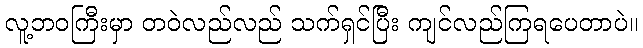
လူ့ဘဝကြီးမှာ တဝဲလည်လည် သက်ရှင်ပြီး ကျင်လည်ကြရပေတာပဲ။